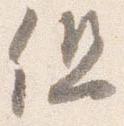
但